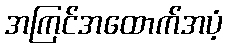
အကြင်အထောက်အပံ့